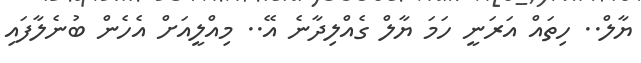
ޔާލް.. ހިތައް އަރަނީ ހަމަ ޔާލް ގެއްލިދާނެ އޭ.. މިއްލީއަށް އެހެން ބުނެލާފައި